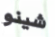
شينو